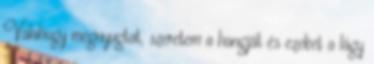
Valahogy megnyugtat, szeretem a hangját és ezeket a lágy